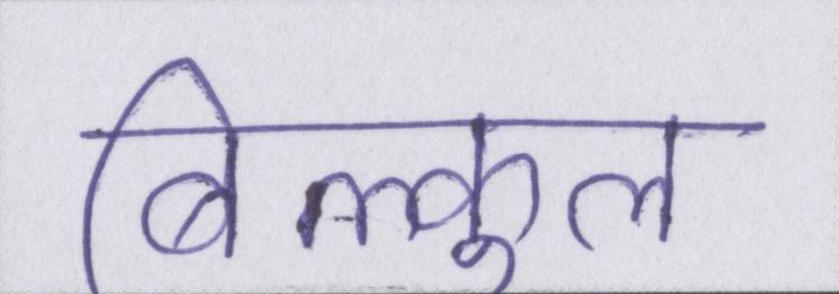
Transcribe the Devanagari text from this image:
बिल्कुल